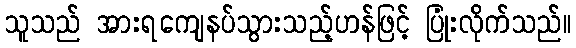
သူသည် အားရကျေနပ်သွားသည့်ဟန်ဖြင့် ပြုံးလိုက်သည်။